Vaccination in the Punjab 1919-1929 - 1919-1929
Year: 1919
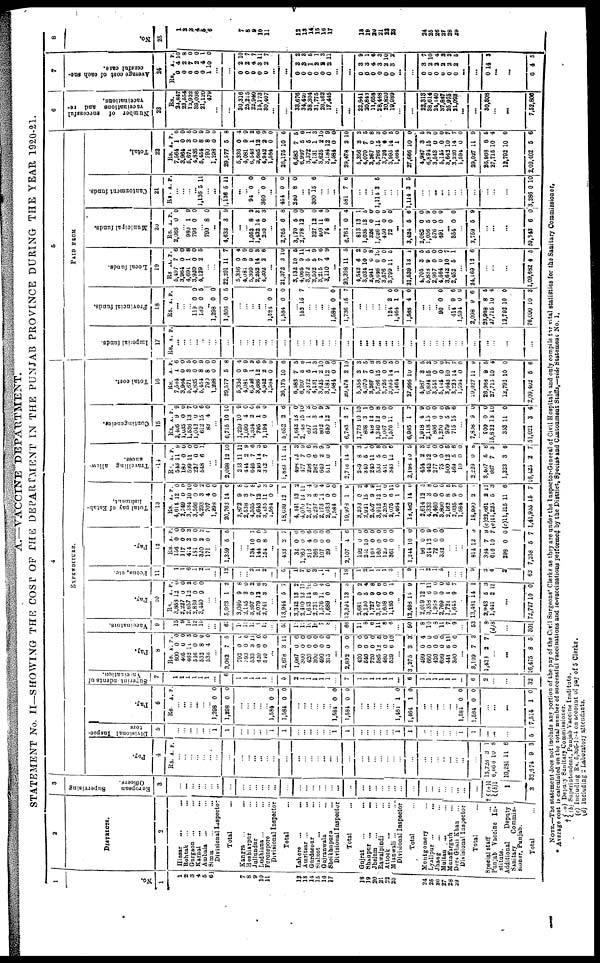
A.—VACCINE-DEPARTMENT.
STATEMENT No. II—SHOWING THE COST OF THE DEPARTMENT IN THE PUNJAB PROVINCE DURING THE YEAR 1920-21.
1
No.
1
1
2
3
4 5
6
7
8
9
10
11
12
13
14 15
16
17
18
19
20
21
22
23
24
25
26
27
28
29
2
DISTRICTS.
2
Hissar ... ...
Rohtak ... ...
Gurgaon ... ...
Karnal ... ...
Ambala ... ...
Simla ... ...
Divisional Inspector
Total ...
Kangra ... ...
Hoshiarpur ...
Jullundur ...
Ludhiana ... ...
Ferozepore ...
Divisional Inspector
Total
Lahore
...
...
Amritsar ... ...
Gurdaspur ... ...
sialkot ... ...
Gujranwala ...
Sheikhapura ...
Divisional Inspector
Total ...
Gujrat ... ...
Shahpur ... ...
Jhelam ... ...
Rawalpindi ... ...
Attoek ... ...
Mianwali ... ...
Divisional Inspector
Total
Mentgomery
Lyallpur
Jhang
Multan
Muzaffargarh
Dera Ghazi Khan
Divisional Inspector
Total ...
Special staff ...
Punjab Vaccine In-
stitute.
Additional
Deputy
Sanitary
Commis-
sioner, Punjab.
Total
...
3
European
Supervising
Officers.
3
...
...
...
... ...
...
...
...
...
...
...
...
...
...
...
...
...
...
...
...
...
...
...
...
...
...
...
...
...
...
...
...
...
...
...
... ...
...
...
†(a)1
(b)1
1
3
4
EXPENDITURE.
Pay.
Rs.
...
...
...
... ...
...
...
...
...
...
...
...
...
...
...
...
...
...
... ...
...
...
...
...
...
...
...
...
...
...
...
...
...
...
...
...
...
...
...
15,728
6,666
10,281
32,674
4
A.
3
10
11
9
P.
1
8
6
3
Divisional Inspec-
tors
5
...
...
...
... ...
... 1
1
...
... ...
...
...
1
1
...
...
...
...
...
... 1
1
...
...
...
...
...
... 1
1
...
...
...
...
...
... 1
1
...
...
...
5
Pay.
6
Rs.
... ...
...
... ...
... 1,298
1,298
...
... ...
...
... 1,584
1,584
...
...
...
... ...
... 1,584
1,584
...
...
...
...
...
... 1,481
1,464
...
... ...
...
...
... 1,584
1,584
...
...
...
7,514
A.
0
0
0
0
0
0
1
1
0
0
1
P.
0
0
0
0
0
0
0
0
0
0
0
Superintandents of
Vaccination.
7
1
1
1
1
1
1
...
6
1
1
1
1
1
...
5
2
1
1
1
1
1
...
7
1
1
1
1
1
1
...
6
1
1
1
1
1
1
...
6
2
...
...
32
Pay.
8
Rs.
600
405
462
546
532
536
...
3,083
792
393
533
420
510
...
2,678
1,067
300
420
300
490
315
...
2,892
420
540
720
585
480
529
...
3,275
499
660
420
699
441
390
...
3,109
1,438
...
...
16,475
A.
0
0
11
0
8
4
7
0
0
3
0
0
3
0
0
0
0
0
0
0
0
0
0
12
0
6
3
0
0
0
0
6
0
7
2
8
P.
0
0
5
0
0
0
5
0
0
11
0
0
11
0
0
0
0
0
0
0
0
0
0
5
0
10
3
4
0
0
0
11
0
3
7
5
Vaccinators.
9
15
9
10
12
15
...
...
61
10
11
l5
9
12
...
55
12
12
10
16
7
8
...
66
11
8
6
11
8
6
...
50
8
10
8
11
7
9
53
8
(d) 8
...
301
Pay.
10
Rs.
3,858
2,227
2,657
2,889
3,440
...
...
5,023
3,080
2,145
3,897
2,079
3,741
...
13,944
3,312
2,410
1,643
2,731
1,576
1,689
...
13,391
2,681
2,130
1,727
3,167
1,608
1,186
...
12,498
2,019
3,358
1,968
2,769
1,721
1,645
13,491
2,943
1,441
...
72,727
A.
12
0
12
0
9
1
9
8
9
13
3
5
13
13
14
8
11
0
13
0
5
9
0
0
0
15
12
6
0
0
1
9
14
5
2
10
P.
0
0
2
0
0
2
8
0
2
6
3
7
2
11
11
0
4
0
0
2
4
8
6
0
1
9
1
11
0
0
6
7
1
3
11
0
Peons, etc.
11
1
1
6
1
2
1
...
12
...
... 2
1
2
...
5
1
7
6
3
1
1
...
19
1
2
1
1
1
3
...
9
1
2
1
0
...
...
9
2
4
2
62
Pay.
12
Rs.
156
117
414
181
320
171
...
1,359
...
... 134
144
154
...
433
32
1,360
313
266
107
29
2,107
192
251
169
160
120
361
...
1,214
96
314
72
332
...
...
...
814
384
616
298
7,258
A.
0
0
3
0
2
0
5
10
0
8
2
0
0
4
0
0
0
4
0
0
0
0
0
0
10
0
12
0
0
12
7
10
0
5
P.
0
0
3
0
2
0
5
7
0
0
7
0
0
6
0
0
0
6
0
0
0
0
0
0
0
0
9
0
0
9
9
7
0
7
Total pay of Estab-
lishment.
13
Rs.
4,614
2,749
3,334
3,566
4,293
707
1,298
20,762
3,872
2,538
4,565
2,643
3,435
1,584
18,639
4,441
4,070
2,877
3,297
2,173
2,033
19,973
3,293
2,921
2,807
3,912
2,203
2,075
1,484
18,482
2,614
4,333
3,460
3,800
2,162
2,035
1,584
18,990
(c)23,661
(c)11,225
(c)11,215
l,41,955
A.
12
0
10
0
3
4
0
14
9
3
7
12
11
0
12
13
13
3
8
11
0
1
0
15
9
12
0
6
1
14
12
3
0
0
8
9
0
2
2
5
11
15
P.
0
0
10
0
2
0
0
0
8
0
8
6
3
0
1
2
11
4
0
4
0
9
2
4
8
11
0
11
0
0
5
8
0
0
5
7
0
1
11
3
6
7
Travelling
allow-
ances.
14
Rs.
543
180
599
227
548
...
...
2,098
233
414
648
216
312
1,883
498
177
298
282
649
511
...
2,716
289
340
240
533
451
343
...
2,198
454
443
277
75
500
469
10
2,229
3,407
667
1,223
10,425
A.
11
0
11
0
6
12
11
2
7
14
7
11
18
7
0
6
2
0
14
8
5
11
5
0
12
10
2
12
0
0
12
5
0
0
5
7
3
2
P.
9
0
0
0
1
10
11
9
6
3
6
11
3
9
6
3
9
0
6
3
0
0
8
0
6
5
3
6
0
0
5
6
0
8
6
3
6
7
Contingeneies.
15
Rs.
2,405
l,035
1,536
1,043
612
83
...
6,715
1,229
1,099
1,334
795
1,194
...
5,652
1,642
2,148
697
551
802
640
...
6,783
1,773
808
418
1,340
1,067
1,576
...
6,985
1,918
2,118
806
1,270
979
715
...
7,808
900
15,822
353
51,021
A.
9
0
13
0
15
4
10
10
4
2
1
0
2
13
15
i
3
4
12
2
10
3
12
12
0
11
1
4
15
0
0
5
15
9
0
13
11
3
P.
9
0
7
0
6
0
10
9
0
0
9
0
6
0
10
3
0
9
9
7
10
1
0
8
0
0
7
9
0
0
0
9
6
0
0
10
0
4
Total cost.
16
Rs.
7,564
3,964
5,671
4,835
5,454
799
1,298
29,577
5,338
4,081
6,546
3,685
4,942
1,584
26,175
6,583
6,997
3,372
4,131
3,625
3,181
1,584
29,478
5,356
4,070
3,267
5,786
3,726
3,995
1,464
27,666
4,987
6,894
3,543
6,146
3,642
3,220
1,594
29,027
26,968
27,715
12,792
2,09,402
A.
1
0
3
0
8
8
0
6
0
9
1
12
2
0
10
7
5
5
1
2
12
0
2
3
7
0
15
0
14
1
10
3
15
0
0
10
14
0
11
8
10
10
5
P.
6
0
5
0
9
0
0
8
4
9
2
6
9
0
6
5
6
1
3
10
9
0
10
3
5
8
3
0
6
0
0
5
2
0
0
7
7
0
9
6
4
0
6
5
PAID FROM
Imperial funds.
17
Rs. A. P.
...
...
...
... ...
...
...
...
...
... ...
...
... ...
...
...
...
...
...
...
...
... ...
...
...
...
...
... ...
...
...
...
...
...
... ...
...
...
...
...
...
...
...
Provincial funds.
18
Rs.
...
...
... 119
189
...
1,298
1,606
...
... ... ...
... 1,584
1,584
...
153
...
...
... ...
1,584
1,736
...
...
...
...
... 124
1,464
1,588
...
...
... 90
... 414
1,594
2,098
28,968
27,715
12,792
76,090
A.
0
0
0
0
0
0
15
0
15
3
1
4
0
9
0
9
8
10
10
10
P.
0 6
0
5
0
0
7
0
7
0
0
0
0
6
0
6
6
4
0
3
Local funds.
19
Rs.
5,497
3,964
4,691
3,920
4,129
...
...
22,201
5,336
4,081
5,399
2,252
4,302
...
21,372
3,132
4,065
3,372
3,502
3,215
3,110
...
20,398
4,542
3,034
2,941
3,646
3,576
3,799
...
21,539
4,705
5,838
2,967
4,564
3,642
2,452
...
24,169
...
...
...
1,09,682
A.
7
0
1
0
2
11
0
9
9
14
2
3
10
9
5
5
7
4
11
6
10
0
0
0
11
13
3
9
0
0
10
5
12
4
P. 6
0
8
0
5
7
4
9
0
3
6
10
6
11
1
9
6
9
5
2
0
8
10
0
6
1
5
5
0
0
7
1
6
5
Municipal funds.
20
Rs.
2,066
... 980
796
... 790
...
4,633
...
... 1,052
1,432
280
...
2,765
3,170
3,778
... 327
409
74
...
6,761
813
1,036
326
1,026
450
72
...
3,424
2,082
1,056
576
491
...
854
...
2,759
...
...
...
20,843
A.
0
1
0
8
3
8
14
0
6
6
12
12
11
8
0
13
13
0
11
0
0
5
0
5
0
0
0
5
6
P.
0
9
0
0
9
2
3
3
8
0
0
0
4
0
4
1
5
0
0
0
0
6
0 9
0
0
0
9
0
Cantonment funds.
21
Rs.
...
...
...
... 1,136
... ...
1,136
...
... 94
... 360
...
454
280
...
... 300
...
...
...
581
...
...
... 1,114
...
...
...
1,114
...
... ...
...
...
...
...
...
...
...
...
3,286
A.
5
5
0
0
0
8
15
7
3
3
0
P.
11
11
0
0
0
0
6
6
5
5
10
Total.
22
Rs.
7,564
3,964
6,671
4,835
5,464
790
1,298
29,577
5,336
4,081
6,546
3,685
4,942
1,584
26,176
6,583
6,997
3,372
4,131
3,625
3,l84
1,584
29,478
5,356
4,070
3,267
5,786
3,728
3,995
1,464
27,666
4,987
6,894
3,543
6,145
3,642
3,220
1,594
29,027
26,968
27,716
12,792
2,09,402
A.
1
0
3
0
8
8
0
5
0
9
1
12
2
0
10
7
5
5
1
2
12
0
2
3
7
0
15
6
14
1
10
3
15
0
0
10
14
0
11
8
10
10
5
P.
6
0
5
0
9
0
0
8
4
9
2
6
9
0
6
6
6
1
3
10
9
0
10
3
6
8
3
0
5
0
0
5
2
0
0
7
7
0
0
5
4
0
6
6
Number of
successful
vaccinations and re-
vaccinations.
23
Rs.
24,847
23,554
12,922
39,036
21,120
479
...
...
30,316
25,245
22,940
15,173
30,407
...
...
33,676
34,440
38,304
31,775
26,262
17,445
...
...
22,841
20,843
11,658
28,448
20,820
19,989
...
...
22,318
38,614
24,140
37,847
25,975
21,093
...
...
30,308
...
...
7,52,800
7
Average cost of each suc-
ccessful case.
24
Rs.
0
0
0
0
0
1
...
...
0
0
0
0
0
...
...
0
0
0
0
0
0
...
...
0
0
0
0
0
0
...
...
0
0
0
0
0
0
...
...
0
...
...
0
A.
4
2
7
2
4
10
2
2
4
3
2
3
3
1
2
2
2
3
3
4
3
2
3
3
2
2
2
2
2
14
4
P.
10
8
0
0 1
0
10
7
7
11
7
2
8
5
1
3
11
9
1
6
3
10
2
7
10
4
2
3
5
3
5
8
No.
25
1
2
3
4 5 6
7
8 9
10
11
12
13
14
15
16
17
18
19
20
21
22
23
24
25
26
27
28
29
NOTE.—The statement does not include any portion of the pay of the Civil Surgeons' Clerks as they are under the Inspector-General of Civil Hospitals and only compile for vital statistics for the Sanitary Commissioner.
* Average cost is calculated on the total number of successful vaccinations and re-vaccinatione performed by the District, Special and Cantonment Staffs,—vide Statement No.
1.
†
(a) Deputy Sanitary Commissioner.
(b) Superintundent, Panjab Vaccine Institute.
(c) Including Rs. 5,305-13-4 on account of pay of 5 Clerks.
(d) Including 2 Laboratory attendants.